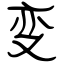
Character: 变